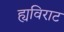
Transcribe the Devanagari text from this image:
ह्यविराट